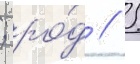
; ро́д // 5